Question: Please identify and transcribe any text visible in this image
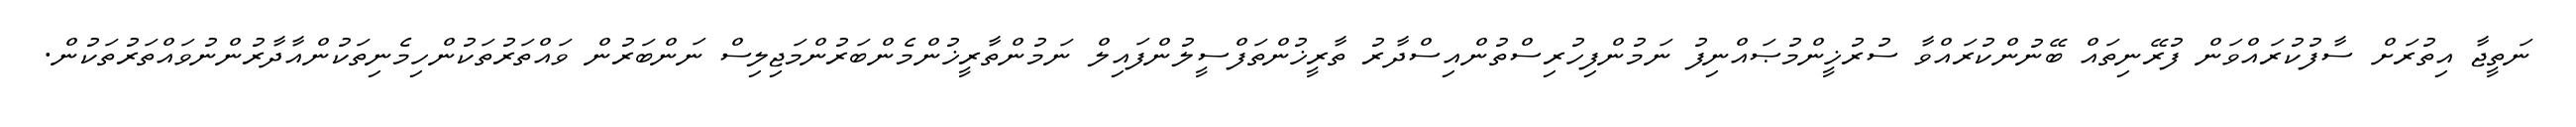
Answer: ނަތީޖާ އިތުރަށް ސާފުކުރައްވަން ފުރޭނިތައް ބޭނުންކުރައްވާ ސުރުޚީންމުޞައްނިފު ނަމުންފިހުރިސްތުންއިސްދާރު ތާރީޚުންތަފްސީލުންފައިލް ނަމުންތާރީޚުންމެންބަރުންމަޖިލިސް ނަންބަރުން ވައްތަރުތަކުންހިމެނިތަކުންއާދާރުންނުވައްތަރުތަކުން.